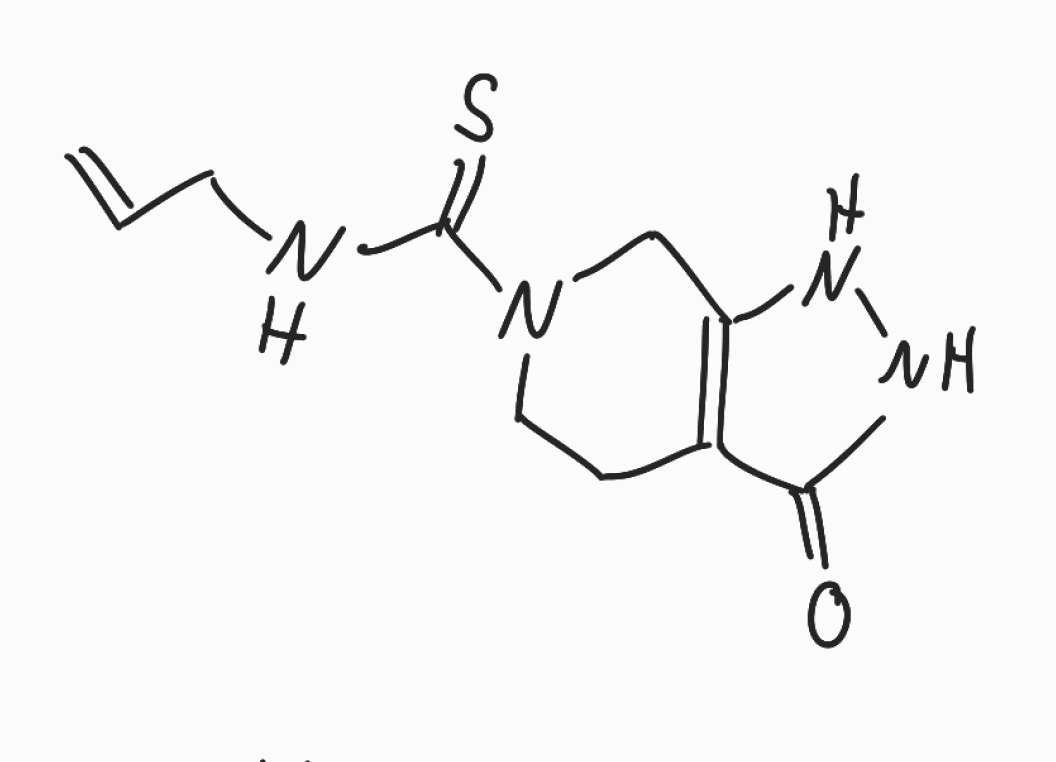
Simplified molecular-input line-entry system (SMILES) notation of the given molecule:
C=CCNC(=S)N1CCC2=C(C1)NNC2=O